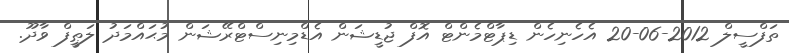
ތަފްސީލް 2012-06-20 އެހެނިހެން ޑިޕާޓްމެންޓް އޮފް ޖުޑީޝަން އެޑްމިނިސްޓްރޭޝަން މުޙައްމަދު ލަޠީފް ވާދޫ.